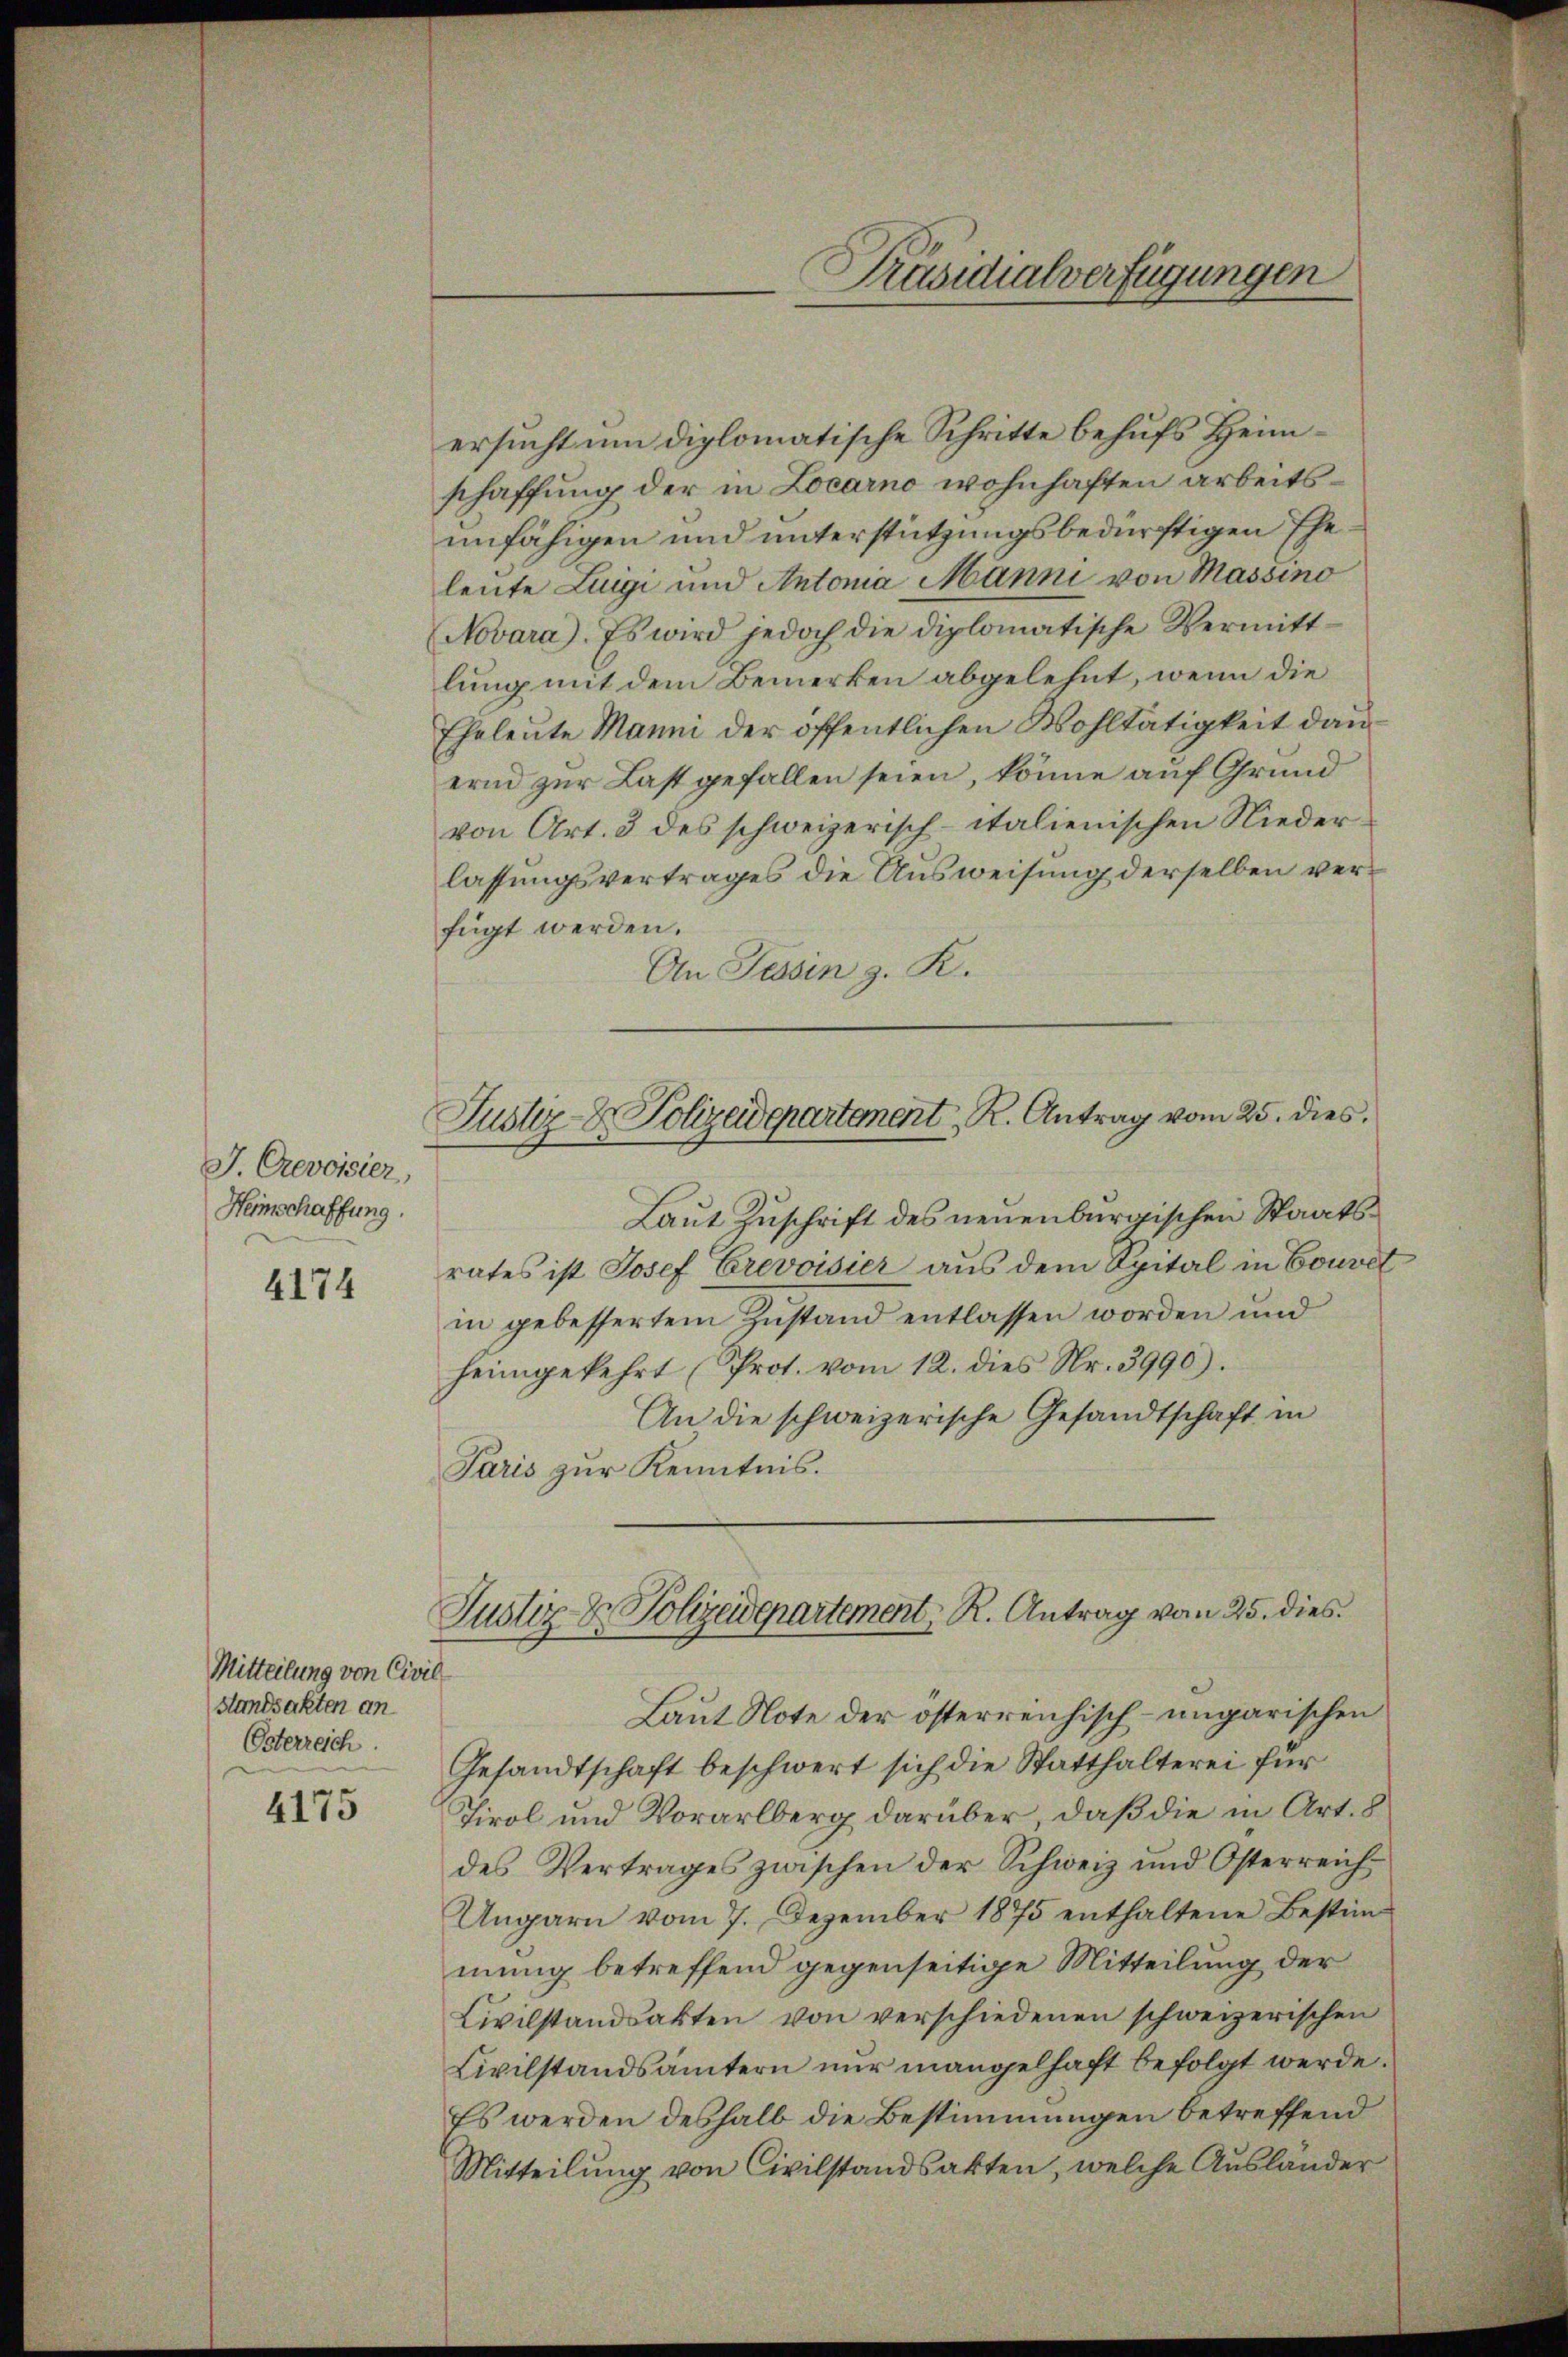
J. Crevoisier,
Heimschaffung.

4174

Mitteilung von Civilstandsakten an
Österreich.

4175

ersucht um diplomatische Schritte behufs Heimschaffung der in Locarno wohnhaften arbeitsunfähigen und unterstützungsbedürftigen Ehe
leute Luigi und Antonia Manni von Massino
Novara). Es wird jedoch die diplomatische Vermitt-
lung mit dem Bemerken abgelehnt, wenn die
Eheleute Manni der öffentlichen Wohltätigkeit danernd zur Last gefallen seien, könne auf Grund
von Art. 3 des schweizerisch-italienischen Niederlassungsvertrages die Ausweisung derselben verfügt werden.
An Tessin z. R.
Laut Zuschrift des neuenburgischen Staatsrates ist Josef Crevoisier aus dem Spital in Couvet
in gebessertem Zustand entlassen worden und
heimgekehrt (Prot. vom 12. dies Nr. 3990).
An die schweizerische Gesandtschaft in
Paris zur Kenntnis.
Justiz- & Polizeidepartement, R. Antrag von 25. dies
Laut Note der österreichisch-ungarischen
Gesandtschaft beschwert sich die Statthalterei für
Tirol und Vorarlberg darüber, daß die in Art. 8
des Vertrages zwischen der Schweiz und Osterreich
Ungarn vom 7. Dezember 1875 enthaltene Bestim-
mung betreffend gegenseitige Mitteilung der
Civilstandsakten von verschiedenen schweizerischen
Civilstandsämtern nur mangelhaft befolgt werde.
Es werden deshalb die Bestimmungen betreffend
Mitteilung von Civilstandsakten, welche Ausländer

Justiz- & Polizeidepartement R. Antrag vom 25. dies

Präsidialverfügungen